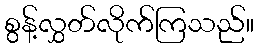
စွန့်လွှတ်လိုက်ကြသည်။